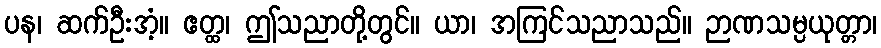
ပန၊ ဆက်ဦးအံ့။ ဧတ္ထ၊ ဤသညာတို့တွင်။ ယာ၊ အကြင်သညာသည်။ ဉာဏသမ္ပယုတ္တာ၊